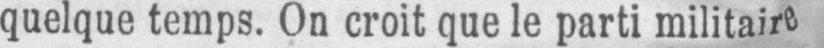
quelque temps. On croit que le parti militaire